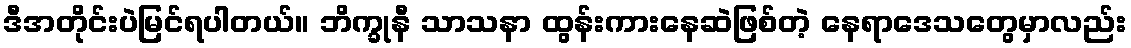
ဒီအတိုင်းပဲမြင်ရပါတယ်။ ဘိက္ခုနီ သာသနာ ထွန်းကားနေဆဲဖြစ်တဲ့ နေရာဒေသတွေမှာလည်း